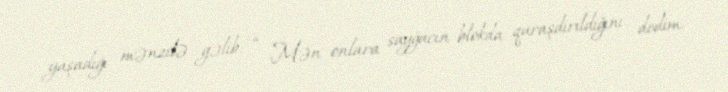
yaşadığı mənzilə gəlib: “ Mən onlara sayğacın blokda quraşdırıldığını dedim.